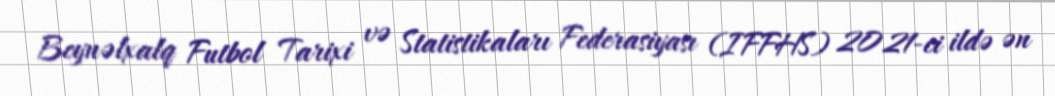
Beynəlxalq Futbol Tarixi və Statistikaları Federasiyası (IFFHS) 2021-ci ildə ən